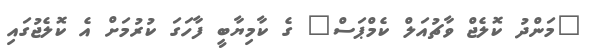
"މަންދު ކޮލެޖް ވާޗުއަލް ކެމްޕަސް" ގެ ކާމިޔާބީ ފާހަގަ ކުރުމަށް އެ ކޮލެޖުގައި